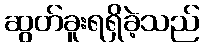
ဆွတ်ခူးရရှိခဲ့သည်